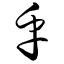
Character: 乎